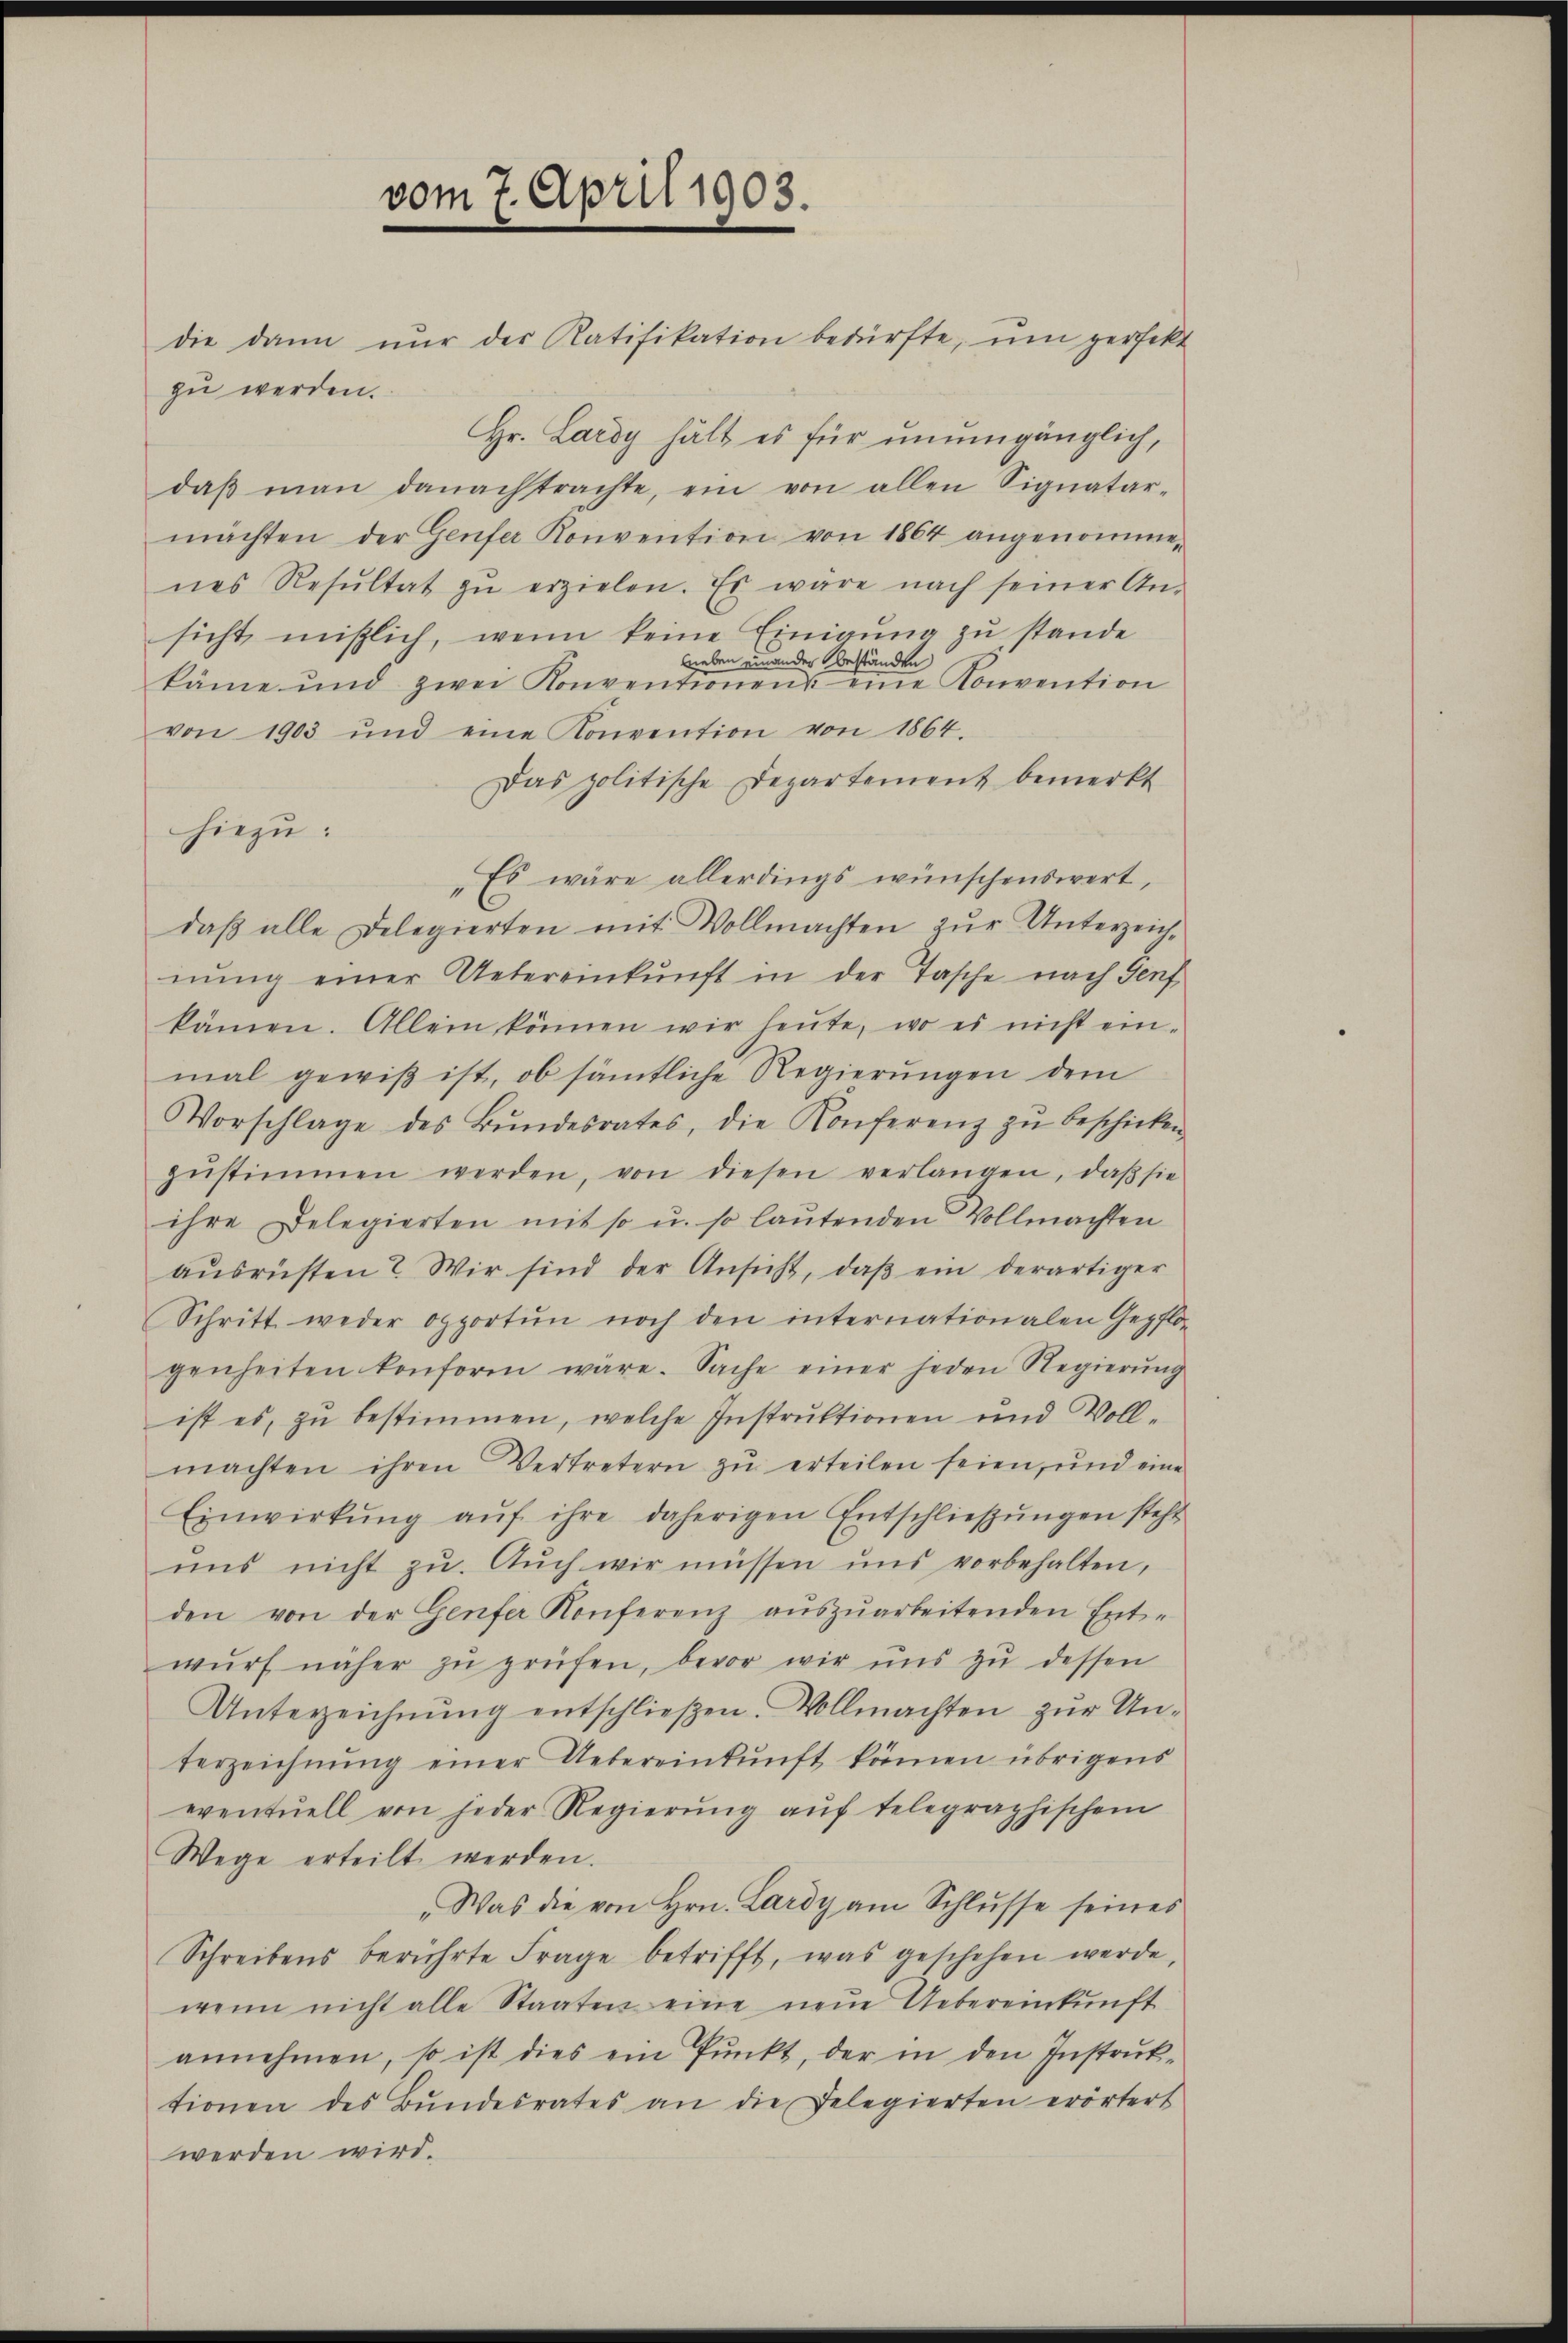
vom 7. April 1903.

die dann nŭr der Ratifikation bedürfte, ŭm perfekt
zu werden.
Hr. Lardy hält es für unumgänglich,
daβ man danachtrachte, ein von allen Signatar-
machten der Genfer Konvention von 1864 angenommenes Resŭltat zŭ erzielen. Es wäre nach seiner An-
sicht mißlich, wenn keine Einigung zu stande
Lieben einander beständen
käme und zwei Konventionens eine Konvention
von 1903 und eine Konvention von 1864.
Das politische Departement bemerkt
hiezu:
Es wäre allerdings wünschenswert,
daß alle Delegierten mit Vollmachten zur Unterzeichnŭng einer Uebereinkunft in der Tasche nach Genf
kämen. Allein können wir heute, wo es nicht ein-
mal gewiß ist, ob sämtliche Regierungen dem
Vorschlage des Bŭndesrates, die Konferenz zŭ beschicken
zŭstimmen werden, von diesen verlangen, daβ sie
ihre Delegierten mit so u. so laŭtenden Vollmachten
aŭsrüsten? Wir sind der Ansicht, daβ ein derartiger
Schritt weder Opportŭn noch den internationalen Gepflo-
genheiten konform wäre. Sache einer jeden Regierŭng
ist es, zŭ bestimmen, welche Instrŭktionen und Voll-
machten ihren Vertretern zŭ erteilen seien, und eine
Einwirkŭng aŭf ihre daherigen Entschlieβŭngen steht
uns nicht zu. Auch wir müssen uns vorbehalten,
den von der Genfer Konferenz aŭszŭarbeitenden Ent-
wŭrf näher zŭ prüfen, bevor wir uns zŭ dessen
Unterzeichnŭng entschließen. Vollmachten zur Unterzeichnŭng einer Uebereinkŭnft können übrigens
eventuell von jeder Regierŭng aŭf telegraphischem
Wege erteilt werden.
„Was die von Hrn. Lardy am Schlusse seines
Schreibens berührte Frage betrifft, was geschehen werde,
wenn nicht alle Staaten eine neŭe Uebereinkŭnft
annehmen, so ist dies ein Pŭnkt, der in den Instrŭk-
tionen des Bŭndesrates an die Delegierten erörtert
werden wird.